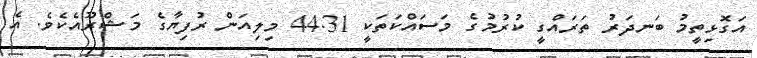
އަގޮޅިތީމު ބަނދަރު ތަރައްގީ ކުރުމުގެ މަސައްކަތަކީ 44.31 މިލިއަން ރުފިޔާގެ މަޝްރޫއެކެވެ. އެ